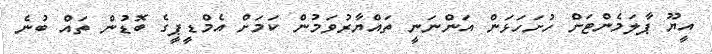
އީޔޫ ޕާލަމެންޓަށް ހުށަހަޅަން އަންނަނީ ތައްޔާރުވަމުން ކަމަށް އެމްޑީޕީގެ ބޮޑުން ތައް ބުނެ